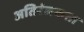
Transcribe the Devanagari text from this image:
अतिरंजकता